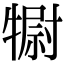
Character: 𤛌